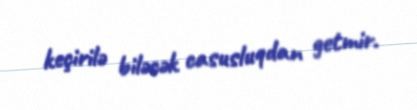
keçirilə biləcək casusluqdan getmir.